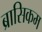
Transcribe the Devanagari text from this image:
ब्रासिकम